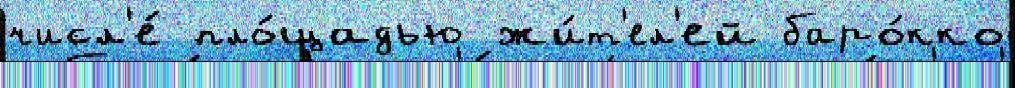
числ'е́ пло́щадью жи́т'ел'ей баро́кко